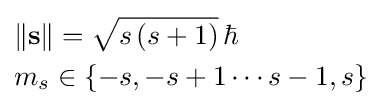
{\begin{aligned}&\Vert \mathbf {s} \Vert ={\sqrt {s\,(s+1)}}\,\hbar \\&m_{s}\in \{-s,-s+1\cdots s-1,s\}\\\end{aligned}}\,\!